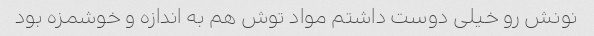
نونش رو خیلی دوست داشتم مواد توش هم به اندازه و خوشمزه بود